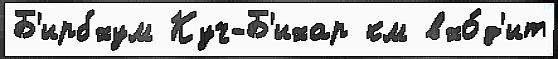
Б'ирбхум Куч-Б'ихар км вхо́д'ит